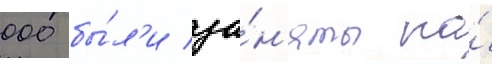
000 бы́л'и за́н'яты на́